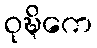
ဝုဍ္ဎိကေ